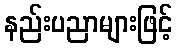
နည်းပညာများဖြင့်